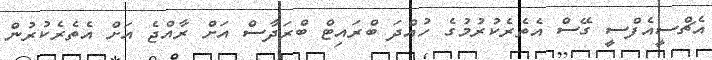
އެޗްސީއެފްސީ ގޭސް އެތެރެކުރުމުގެ ހުއްދަ ބްރައިޓް ބްރަދާސް އަށް ރާއްޖެ އަށް އެތެރެކުރުން